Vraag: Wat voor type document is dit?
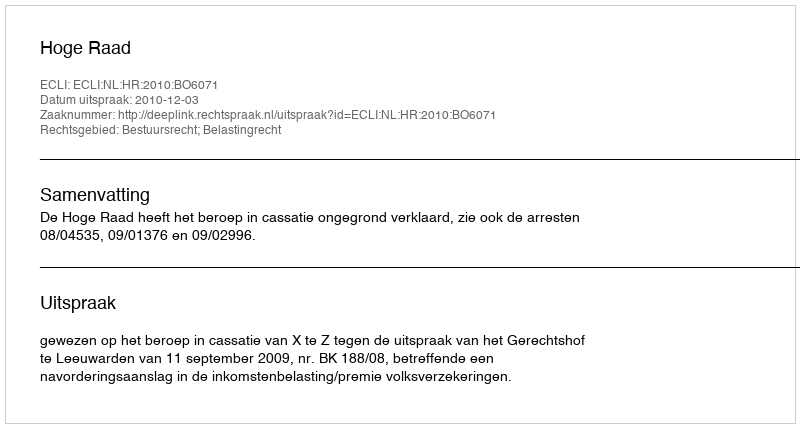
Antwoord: Uitspraak